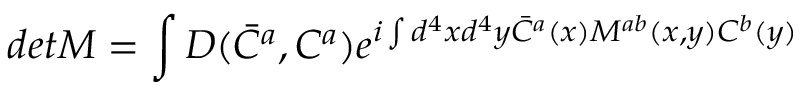
d e t M = \int D ( \bar { C } ^ { a } , C ^ { a } ) e ^ { i \int d ^ { 4 } x d ^ { 4 } y \bar { C } ^ { a } ( x ) M ^ { a b } ( x , y ) C ^ { b } ( y ) }